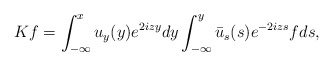
\begin{align*}Kf =\int_{-\infty}^x u_y(y) e^{2i z y}dy \int_{-\infty}^{y} \bar{u}_s(s) e^{-2i z s} f ds,\end{align*}